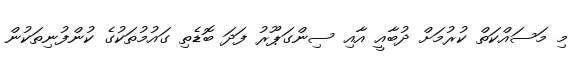
މި މަސައްކަތް ކުރުމަށް ދުބާއީ އާއި ސިންގަޕޫރު ފަދަ ބޮޑެތި ގައުމުތަކުގެ ކުންފުނިތަކުން